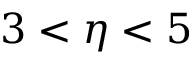
3 < \eta < 5